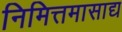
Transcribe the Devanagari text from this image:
निमित्तमासाद्य